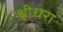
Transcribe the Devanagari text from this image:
श्रीधरा